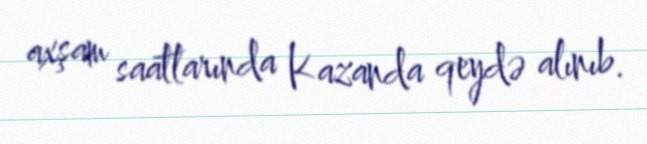
axşam saatlarında Kazanda qeydə alınıb.